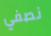
نصفي